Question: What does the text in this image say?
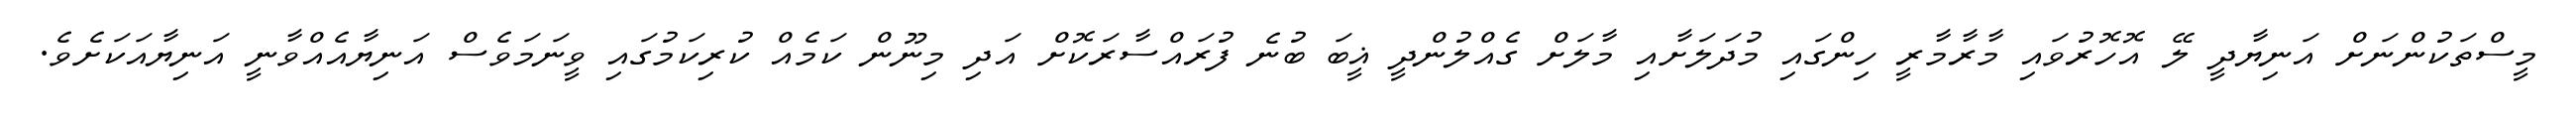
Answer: މީސްތަކުންނަށް އަނިޔާދީ ލޭ އޮހޮރުވައި މާރާމާރީ ހިންގައި މުދަލަށާއި މާލަށް ގެއްލުންދީ ޣީބަ ބުނެ ފުރައްސާރަކޮށް އަދި މިނޫން ކަމެއް ކުރިކަމުގައި ވީނަމަވެސް އަނިޔާއެއްވާނީ އަނިޔާއަކަށެވެ.